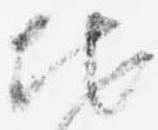
地